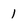
Character: 1